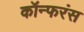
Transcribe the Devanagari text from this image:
कॉन्फरंस